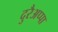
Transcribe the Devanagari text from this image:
दुरैअप्पा